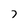
Character: 7